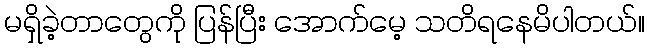
မရှိခဲ့တာတွေကို ပြန်ပြီး အောက်မေ့ သတိရနေမိပါတယ်။